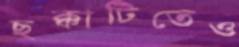
ছক্কাটিতেও